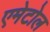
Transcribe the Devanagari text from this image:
एमेटोल